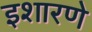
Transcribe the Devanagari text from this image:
इशारणे